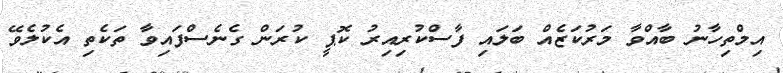
އިމްތިހާނު ބާއްވާ މަރުކަޒެއް ބަލައި ފާސްކުރިއިރު ކޮޕީ ކުރަން ގެނެސްފައިވާ ތަކެތި އެކުލެވޭ